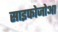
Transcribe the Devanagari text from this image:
साइफोजोआ